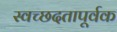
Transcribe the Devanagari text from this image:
स्वच्छदतापूर्वक